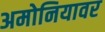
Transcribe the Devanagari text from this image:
अमोनियावर